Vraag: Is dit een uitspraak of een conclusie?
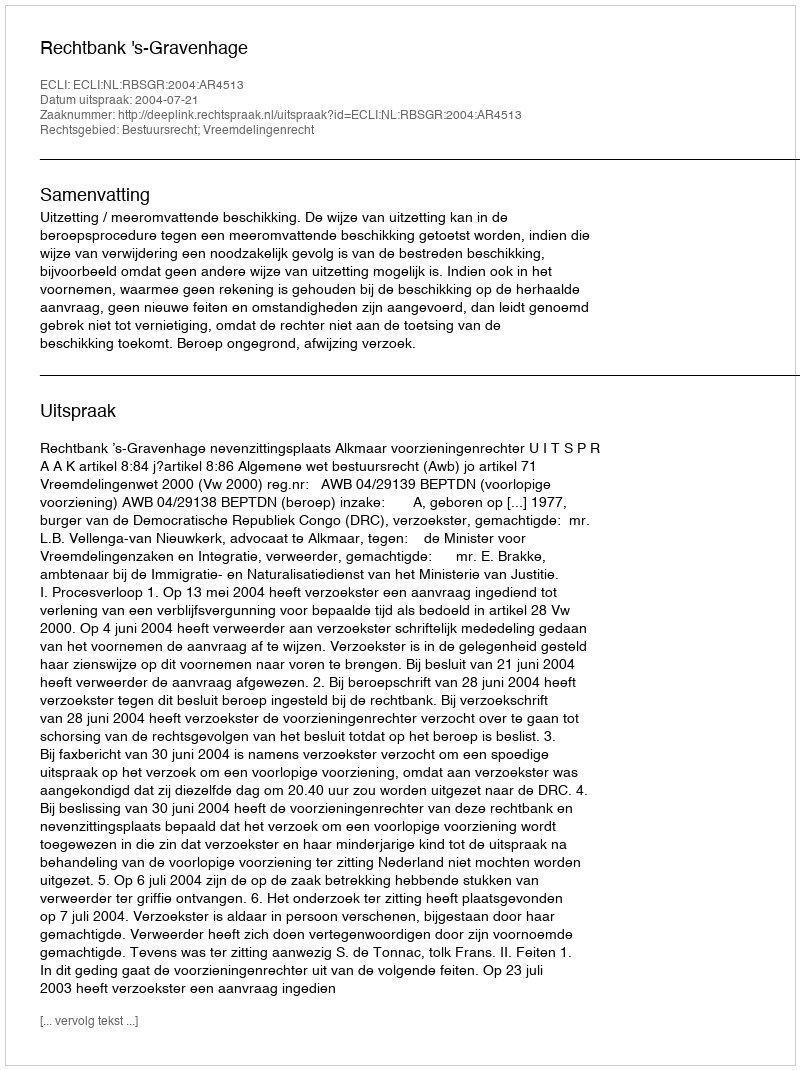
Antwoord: Uitspraak